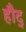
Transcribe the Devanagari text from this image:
हौद्